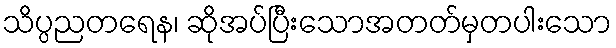
သိပ္ပညတရေန၊ ဆိုအပ်ပြီးသောအတတ်မှတပါးသော